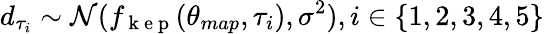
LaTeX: d_{\tau_{i}}\sim\mathcal{N}(f_{\mathrm{~k~e~p~}}(\theta_{map},\tau_{i}),\sigma^{2}),i\in\{ 1,2,3,4,5\}